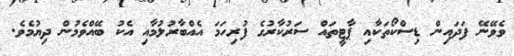
ވެވޭނޭ ފަދައިން ޑިސްކޯތަކާއި ޕާޓީތައް ސަރުކާރުގެ ފުރިހަމަ އެއްބާރުލުމާއި އެކު ބޭއްވެމުން ދިޔުމެވެ.